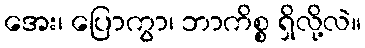
အေး၊ ပြောကွာ၊ ဘာကိစ္စ ရှိလို့လဲ။